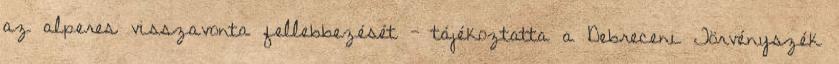
az alperes visszavonta fellebbezését - tájékoztatta a Debreceni Törvényszék